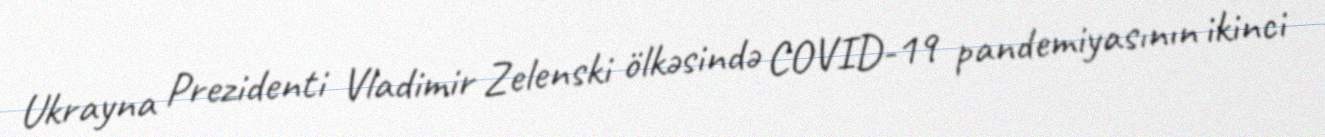
Ukrayna Prezidenti Vladimir Zelenski ölkəsində COVID-19 pandemiyasının ikinci